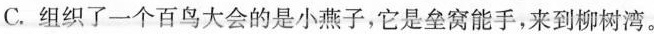
C.组织了一个百鸟大会的是小燕子，它是垒窝能手，来到柳树湾。